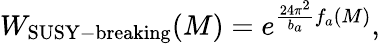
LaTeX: W_{\mathrm{SUSY-breaking}}(M)=e^{{\frac{24\pi^{2}}{b_{a}}}f_{a}(M)},